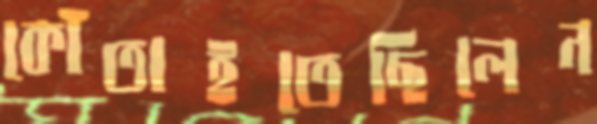
কোঁতাইতেছিলেন